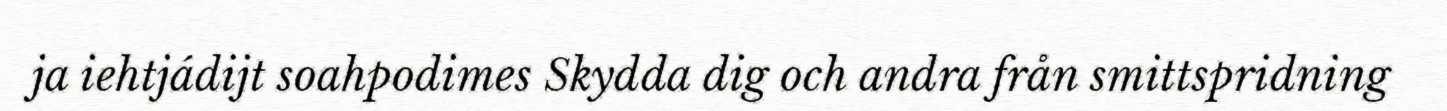
ja iehtjádijt soahpodimes Skydda dig och andra från smittspridning